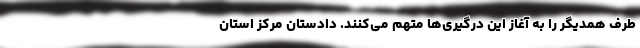
طرف همدیگر را به آغاز این درگیری‌ها متهم می‌کنند. دادستان مرکز استان